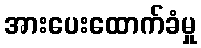
အားပေးထောက်ခံမှု